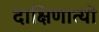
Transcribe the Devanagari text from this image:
दाक्षिणात्यों